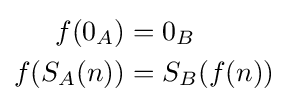
{\begin{aligned}f(0_{A})&=0_{B}\\f(S_{A}(n))&=S_{B}(f(n))\end{aligned}}